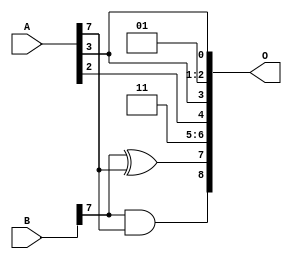
/***
* This code is a part of EvoApproxLib library (ehw.fit.vutbr.cz/approxlib) distributed under The MIT License.
* When used, please cite the following article(s): PRABAKARAN B. S., MRAZEK V., VASICEK Z., SEKANINA L., SHAFIQUE M. ApproxFPGAs: Embracing ASIC-based Approximate Arithmetic Components for FPGA-Based Systems. DAC 2020. 
***/
// MAE% = 8.75 %
// MAE = 45 
// WCE% = 28.12 %
// WCE = 144 
// WCRE% = 9700.00 %
// EP% = 99.32 %
// MRE% = 25.92 %
// MSE = 3019 
// FPGA_POWER = 0.26
// FPGA_DELAY = 5.9
// FPGA_LUT = 1.0


module add8u_07X(A, B, O);
  input [7:0] A, B;
  output [8:0] O;
  assign O[1] = 1'b1;
  assign O[2] = 1'b0;
  assign O[6] = 1'b1;
  assign O[8] = B[7] & A[7];
  assign O[7] = B[7] ^ A[7];
  assign O[0] = A[3];
  assign O[3] = A[3];
  assign O[4] = A[2];
  assign O[5] = O[1];
endmodule